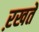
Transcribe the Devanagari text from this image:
ऱखते